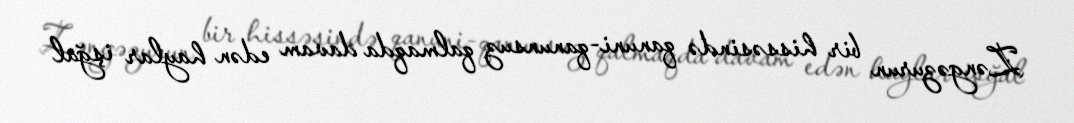
Zəngəzurun bir hissəsində qanuni-qanunsuz qalmaqda davam edən haylar işğal